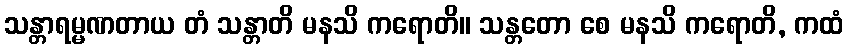
သန္တာရမ္မဏတာယ တံ သန္တာတိ မနသိ ကရောတိ။ သန္တတော စေ မနသိ ကရောတိ, ကထံ